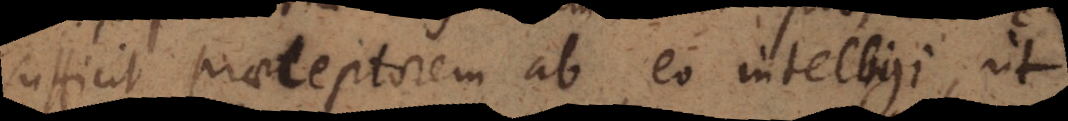
sufficit praeceptorem ab eo intelligi, ut